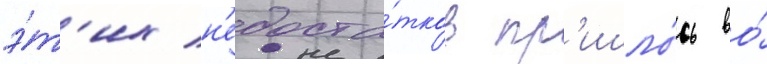
э́т'их н'едоста́тков пр'ишло́сь во́